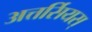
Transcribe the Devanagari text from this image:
अत्तर्सियस्